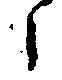
々